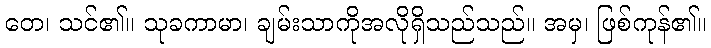
တေ၊ သင်၏။ သုခကာမာ၊ ချမ်းသာကိုအလိုရှိသည်သည်။ အမှ၊ ဖြစ်ကုန်၏။